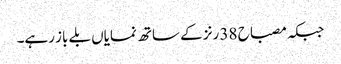
جبکہ مصباح 38 رنز کے ساتھ نمایاں بلے باز رہے۔